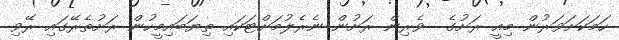
ހަމަކަށަވަރުން މިއީ ރަށުގެ  ވެރިން ރަށުން ނެރެލުމަށްޓަކައި ތިޔަބައިމީހުން ރަށުތެރޭގައި ރޭވި